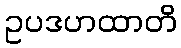
ဥပဒဟထာတိ